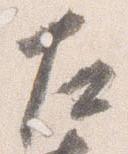
左